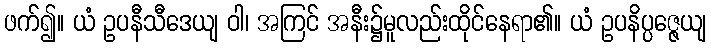
ဖက်၍။ ယံ ဥပနီသီဒေယျ ဝါ၊ အကြင် အနီး၌မူလည်းထိုင်နေရာ၏။ ယံ ဥပနိပ္ပဇ္ဇေယျ